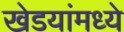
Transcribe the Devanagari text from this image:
खेडयांमध्ये